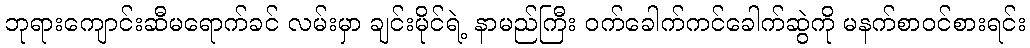
ဘုရားကျောင်းဆီမရောက်ခင် လမ်းမှာ ချင်းမိုင်ရဲ့ နာမည်ကြီး ဝက်ခေါက်ကင်ခေါက်ဆွဲကို မနက်စာဝင်စားရင်း